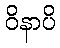
ဝိနာပိ